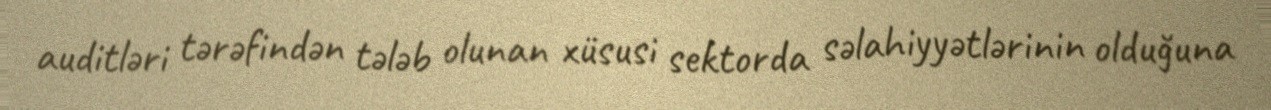
auditləri tərəfindən tələb olunan xüsusi sektorda səlahiyyətlərinin olduğuna